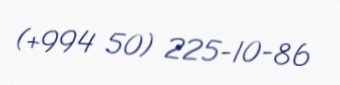
(+994 50) 225-10-86